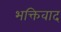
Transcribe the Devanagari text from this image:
भक्तिवाद